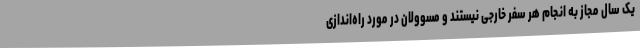
یک سال مجاز به انجام هر سفر خارجی نیستند و مسوولان در مورد راه‌اندازی